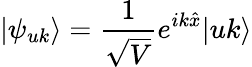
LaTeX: |\psi_{uk}\rangle=\frac{1}{\sqrt{V}}e^{ik\hat{x}}|uk\rangle